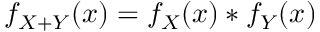
f _ { X + Y } ( x ) = f _ { X } ( x ) * f _ { Y } ( x )